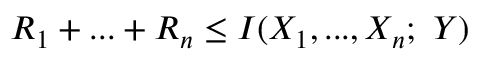
R _ { 1 } + . . . + R _ { n } \leq I ( X _ { 1 } , . . . , X _ { n } ; ~ Y )